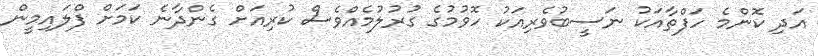
އަދި ކޮންމެ ހަފްތާއަކު ނަސީބުވެރިއަކު ހޮވުމުގެ ގުރުލުމެއްވެސް ކުރިއަށް ގެންދާނެ ކަމަށް ފްލައިމީން